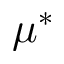
\mu ^ { * }